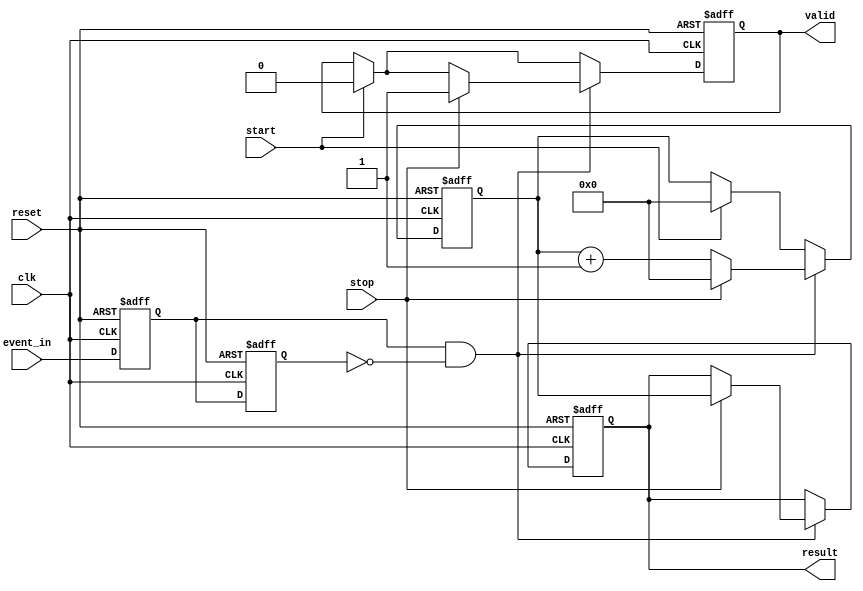
module TDC (
    input clk,                // System clock
    input reset,              // Reset signal
    input start,              // Signal to start timing
    input stop,               // Signal to stop timing
    input event_in,           // Input event signal
    output reg [15:0] result, // Measured time result
    output reg valid          // Output valid signal
);

    // Parameters
    parameter NUM_DELAY_CELLS = 16; // Number of delay elements
    parameter COUNTER_WIDTH = 16;    // Width of the counter
    parameter PLL_FREQUENCY = 100;    // PLL clock frequency in MHz

    // Clock generation for high-resolution timing using a PLL (not implemented here)
    wire pll_clk; // Assume this is connected to an external PLL module

    // Delay line definition
    reg [NUM_DELAY_CELLS-1:0] delay_line; // Delay line storage
    reg [COUNTER_WIDTH-1:0] counter;       // Time counter

    // Edge detection signal (for the input event)
    reg event_detected;
    reg event_last;

    always @(posedge clk or posedge reset) begin
        if (reset) begin
            event_detected <= 1'b0;
            event_last <= 1'b0;
            delay_line <= 0;
            counter <= 0;
            result <= 0;
            valid <= 1'b0;
        end else begin
            // Detect rising edge of the event input
            event_last <= event_detected;
            event_detected <= event_in;

            if (start) begin
                // Initialize the delay line and counter on start signal
                delay_line <= 0;
                counter <= 0;
                valid <= 1'b0;
            end

            // If an event is detected
            if (event_detected && !event_last) begin
                // Start timing when the first event occurs
                delay_line <= {delay_line[NUM_DELAY_CELLS-2:0], 1'b1}; // Shift in a '1'
                counter <= counter + 1;

                // Capture the count when the stop signal is detected
                if (stop) begin
                    result <= counter; // Latch the counter value
                    valid <= 1'b1;     // Indicate valid output
                    // Reset counter and delay line for the next measurement
                    counter <= 0;
                    delay_line <= 0;
                end
            end
            // Shift through the delay line to simulate time bins
            if (counter < (1 << COUNTER_WIDTH) - 1) begin
                delay_line <= {delay_line[NUM_DELAY_CELLS-2:0], 1'b0}; // Shift left
            end
        end
    end
endmodule